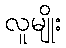
လူမျိုး